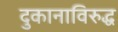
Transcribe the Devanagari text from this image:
दुकानाविरुद्ध